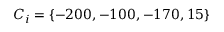
C _ { i } = \{ - 2 0 0 , - 1 0 0 , - 1 7 0 , 1 5 \}